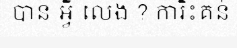
បាន អ្វី លេង ? ការិះគន់